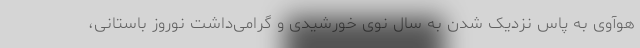
هوآوی به پاس نزدیک شدن به سال نوی خورشیدی و گرامی‌داشت نوروز باستانی،